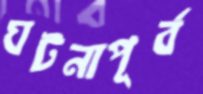
ঘটনাপূর্ব